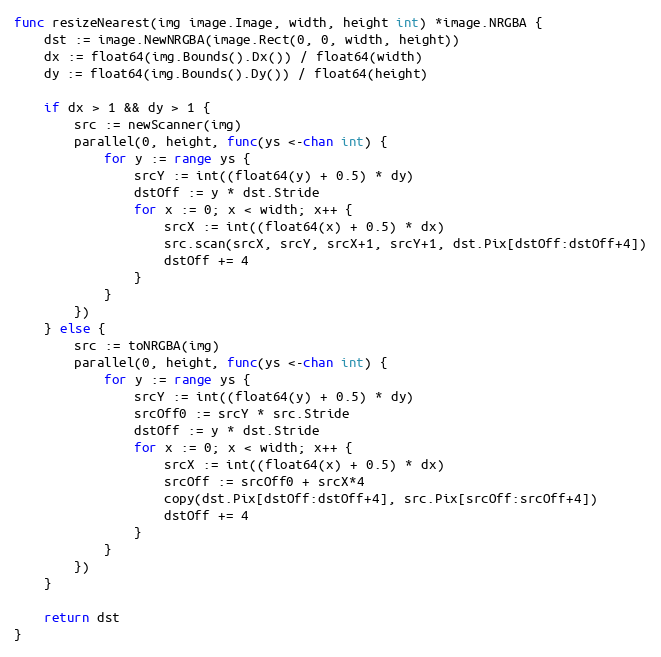
Language: Go
func resizeNearest(img image.Image, width, height int) *image.NRGBA {
	dst := image.NewNRGBA(image.Rect(0, 0, width, height))
	dx := float64(img.Bounds().Dx()) / float64(width)
	dy := float64(img.Bounds().Dy()) / float64(height)

	if dx > 1 && dy > 1 {
		src := newScanner(img)
		parallel(0, height, func(ys <-chan int) {
			for y := range ys {
				srcY := int((float64(y) + 0.5) * dy)
				dstOff := y * dst.Stride
				for x := 0; x < width; x++ {
					srcX := int((float64(x) + 0.5) * dx)
					src.scan(srcX, srcY, srcX+1, srcY+1, dst.Pix[dstOff:dstOff+4])
					dstOff += 4
				}
			}
		})
	} else {
		src := toNRGBA(img)
		parallel(0, height, func(ys <-chan int) {
			for y := range ys {
				srcY := int((float64(y) + 0.5) * dy)
				srcOff0 := srcY * src.Stride
				dstOff := y * dst.Stride
				for x := 0; x < width; x++ {
					srcX := int((float64(x) + 0.5) * dx)
					srcOff := srcOff0 + srcX*4
					copy(dst.Pix[dstOff:dstOff+4], src.Pix[srcOff:srcOff+4])
					dstOff += 4
				}
			}
		})
	}

	return dst
}